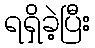
ရရှိခဲ့ပြီး